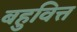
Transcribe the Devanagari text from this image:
बहुवित्त